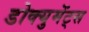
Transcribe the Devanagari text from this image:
डोक्युमेंट्स